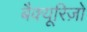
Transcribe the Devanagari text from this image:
बैक्यूरिज़ो